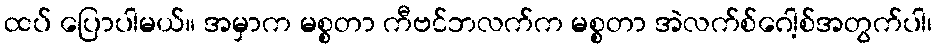
ထပ် ပြောပါမယ်။ အမှာက မစ္စတာ ကီဗင်ဘလက်က မစ္စတာ အဲလက်စ်ဂေါ့စ်အတွက်ပါ၊